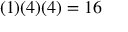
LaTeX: ( 1 ) ( 4 ) ( 4 ) = 1 6